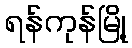
ရန်ကုန်မြို့